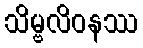
သိမ္ဗလိဝနဿ